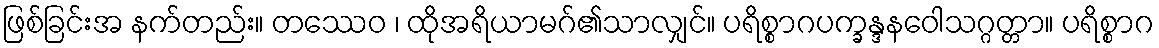
ဖြစ်ခြင်းအ နက်တည်း။ တဿေဝ ၊ ထိုအရိယာမဂ်၏သာလျှင်။ ပရိစ္စာဂပက္ခန္ဒနဝေါသဂ္ဂတ္တာ။ ပရိစ္စာဂ